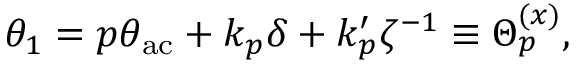
\begin{array} { r } { \theta _ { 1 } = p \theta _ { \mathrm { a c } } + k _ { p } \delta + k _ { p } ^ { \prime } \zeta ^ { - 1 } \equiv \Theta _ { p } ^ { ( x ) } , } \end{array}